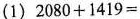
(1)$$2 0 8 0 + 1 4 1 9 =$$